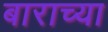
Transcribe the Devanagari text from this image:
बाराच्या